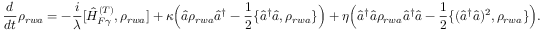
\frac { d } { d t } \rho _ { r w a } = - \frac { i } { \lambda } [ \hat { H } _ { F \gamma } ^ { ( T ) } , \rho _ { r w a } ] + \kappa \Big ( \hat { a } \rho _ { r w a } \hat { a } ^ { \dagger } - \frac { 1 } { 2 } \{ \hat { a } ^ { \dagger } \hat { a } , \rho _ { r w a } \} \Big ) + \eta \Big ( \hat { a } ^ { \dagger } \hat { a } \rho _ { r w a } \hat { a } ^ { \dagger } \hat { a } - \frac { 1 } { 2 } \{ ( \hat { a } ^ { \dagger } \hat { a } ) ^ { 2 } , \rho _ { r w a } \} \Big ) .